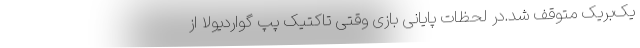
یک‌بر‌یک متوقف شد.در لحظات پایانی بازی وقتی تاکتیک پپ گواردیولا از